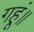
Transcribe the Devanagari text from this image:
गहूं॥